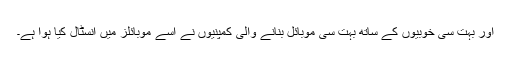
اور بہت سی خوبیوں کے ساتھ بہت سی موبائل بنانے والی کمپنیوں نے اسے موبائلز میں انسٹال کیا ہوا ہے۔